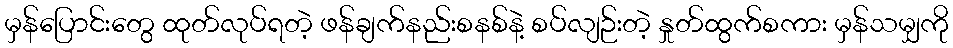
မှန်ပြောင်းတွေ ထုတ်လုပ်ရတဲ့ ဖန်ချက်နည်းစနစ်နဲ့ စပ်လျဉ်းတဲ့ နှုတ်ထွက်စကား မှန်သမျှကို